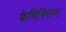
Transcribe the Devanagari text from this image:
फेमिनिसम